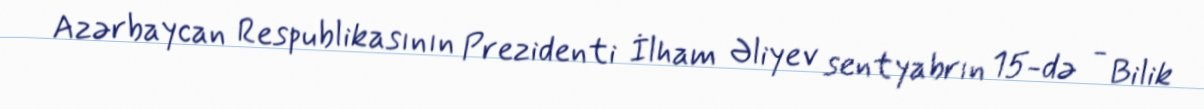
Azərbaycan Respublikasının Prezidenti İlham Əliyev sentyabrın 15-də - Bilik